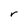
Character: r